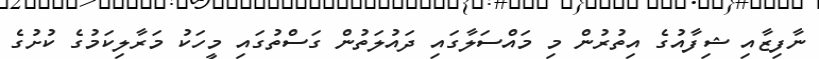
ނާފިޒާއި ޝިފާއުގެ އިތުރުން މި މައްސަލާގައި ދައުލަތުން ގަސްތުގައި މީހަކު މަރާލިކަމުގެ ކުށުގެ